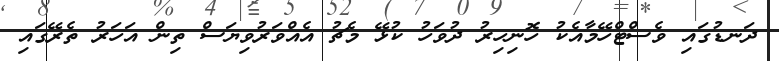
ދަނޑުގައި ވެސްޓްހޭމާއެކު ހޮނިހިރު ދުވަހު ކުޅޭ މެޗު އެއްވަރުވިޔަސް ތިން އަހަރު ތެރޭގައި